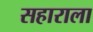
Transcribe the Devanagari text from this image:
सहाराला